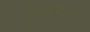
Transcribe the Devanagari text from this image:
ग्रंथिनुमा